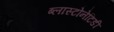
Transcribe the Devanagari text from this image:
ब्लास्टोनेटिडी